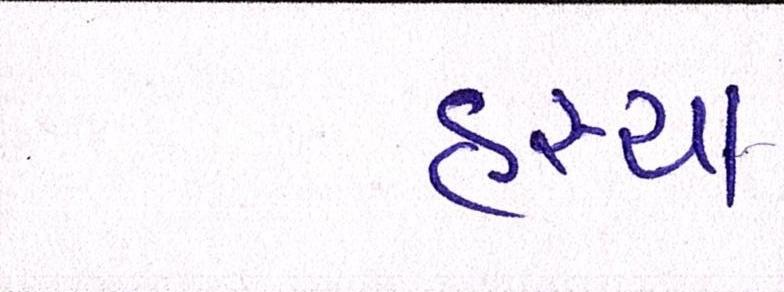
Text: હસ્યા